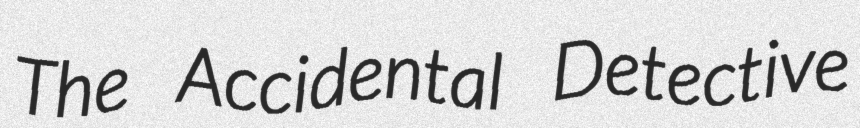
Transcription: The Accidental Detective